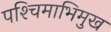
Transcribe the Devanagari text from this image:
पश्‍चिमाभिमुख